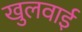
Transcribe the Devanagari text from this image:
खुलवाई